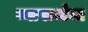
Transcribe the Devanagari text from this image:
व्यापार्यांचा